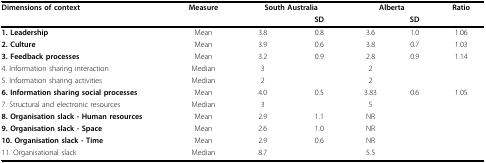
<table><thead><tr><td><b>Dimensions of context</b></td><td><b>Measure</b></td><td colspan="2"><b>South Australia</b></td><td colspan="2"><b>Alberta</b></td><td><b>Ratio</b></td></tr><tr><td></td><td></td><td></td><td><b>SD</b></td><td></td><td><b>SD</b></td><td></td></tr></thead><tbody><tr><td><b>1. Leadership</b></td><td>Mean</td><td>3.8</td><td>0.8</td><td>3.6</td><td>1.0</td><td>1.06</td></tr><tr><td><b>2. Culture</b></td><td>Mean</td><td>3.9</td><td>0.6</td><td>3.8</td><td>0.7</td><td>1.03</td></tr><tr><td><b>3. Feedback processes</b></td><td>Mean</td><td>3.2</td><td>0.9</td><td>2.8</td><td>0.9</td><td>1.14</td></tr><tr><td>4. Information sharing interaction</td><td>Median</td><td>3</td><td></td><td>2</td><td></td><td></td></tr><tr><td>5. Information sharing activities</td><td>Median</td><td>2</td><td></td><td>2</td><td></td><td></td></tr><tr><td><b>6. Information sharing social processes</b></td><td>Mean</td><td>4.0</td><td>0.5</td><td>3.83</td><td>0.6</td><td>1.05</td></tr><tr><td>7. Structural and electronic resources</td><td>Median</td><td>3</td><td></td><td>5</td><td></td><td></td></tr><tr><td><b>8. Organisation slack - Human resources</b></td><td>Mean</td><td>2.9</td><td>1.1</td><td>NR</td><td></td><td></td></tr><tr><td><b>9. Organisation slack - Space</b></td><td>Mean</td><td>2.6</td><td>1.0</td><td>NR</td><td></td><td></td></tr><tr><td><b>10. Organisation slack - Time</b></td><td>Mean</td><td>2.9</td><td>0.6</td><td>NR</td><td></td><td></td></tr><tr><td>11. Organisational slack</td><td>Median</td><td>8.7</td><td></td><td>5.5</td><td></td><td></td></tr></tbody></table>